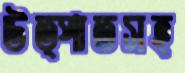
উত্পাতসহ